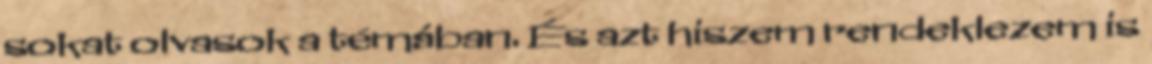
sokat olvasok a témában. És azt hiszem rendeklezem is